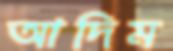
আদিম